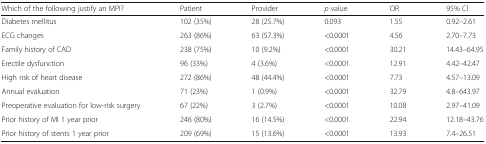
<table><thead><tr><td><b>Which of the following justify an MPI?</b></td><td><b>Patient</b></td><td><b>Provider</b></td><td><b><i>p</i> value</b></td><td><b>OR</b></td><td><b>95% CI</b></td></tr></thead><tbody><tr><td>Diabetes mellitus</td><td>102 (35%)</td><td>28 (25.7%)</td><td>0.093</td><td>1.55</td><td>0.92–2.61</td></tr><tr><td>ECG changes</td><td>263 (86%)</td><td>63 (57.3%)</td><td>&lt;0.0001</td><td>4.56</td><td>2.70–7.73</td></tr><tr><td>Family history of CAD</td><td>238 (75%)</td><td>10 (9.2%)</td><td>&lt;0.0001</td><td>30.21</td><td>14.43–64.95</td></tr><tr><td>Erectile dysfunction</td><td>96 (33%)</td><td>4 (3.6%)</td><td>&lt;0.0001</td><td>12.91</td><td>4.42–42.47</td></tr><tr><td>High risk of heart disease</td><td>272 (86%)</td><td>48 (44.4%)</td><td>&lt;0.0001</td><td>7.73</td><td>4.57–13.09</td></tr><tr><td>Annual evaluation</td><td>71 (23%)</td><td>1 (0.9%)</td><td>&lt;0.0001</td><td>32.79</td><td>4.8–643.97</td></tr><tr><td>Preoperative evaluation for low-risk surgery</td><td>67 (22%)</td><td>3 (2.7%)</td><td>&lt;0.0001</td><td>10.08</td><td>2.97–41.09</td></tr><tr><td>Prior history of MI 1 year prior</td><td>246 (80%)</td><td>16 (14.5%)</td><td>&lt;0.0001</td><td>22.94</td><td>12.18–43.76</td></tr><tr><td>Prior history of stents 1 year prior</td><td>209 (69%)</td><td>15 (13.6%)</td><td>&lt;0.0001</td><td>13.93</td><td>7.4–26.51</td></tr></tbody></table>